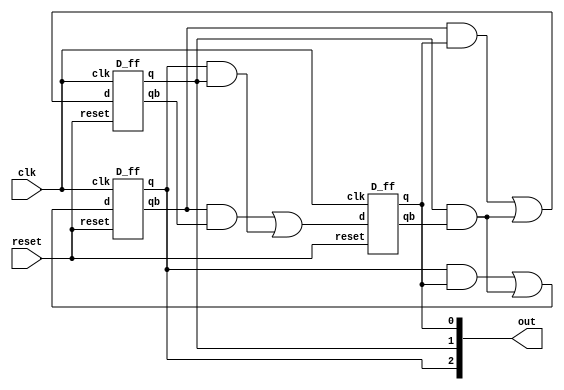
module  gray_counter(out, clk, reset);

    input clk, reset;
    output reg [2:0] out;

    wire [2:0] q, qb;

    D_ff dff1 (q[2], qb[2], ((q[2] && q[0]) || (q[1] && qb[0])), clk, reset);
    D_ff dff2 (q[1], qb[1], ((qb[2] && q[0]) || (q[1] && qb[0])), clk, reset);
    D_ff dff3 (q[0], qb[0], ((qb[2] && qb[1]) || (q[2] && q[1])), clk, reset);

    
    always @ (q)
        begin
            out[2] <= q[2];
            out[1] <= q[1];
            out[0] <= q[0];
        end

endmodule

module D_ff(q, qb, d, clk, reset);

    input d, clk, reset;
    output q, qb;
    reg q, qb;
    
    always @ (posedge clk, negedge reset)
        begin
            if (!reset)
            begin
                q <= 1'b0; qb <= 1'b1;
            end
            else if (d == 1'b0)
            begin
                q <= 1'b0; qb <= 1'b1;
            end
            else
            begin
                q <= 1'b1; qb <= 1'b0;
            end
        end
endmodule